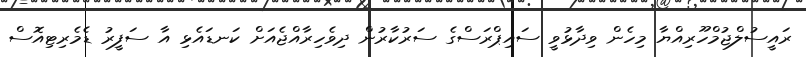
ރައީސުލްޖުމްހޫރިއްޔާ މިހެން ވިދާޅުވީ ސައިޕްރަސްގެ ސަރުކާރުން ދިވެހިރާއްޖެއަށް ކަނޑައެޅި އާ ސަފީރު ޑެމެރިޓިއޮސް